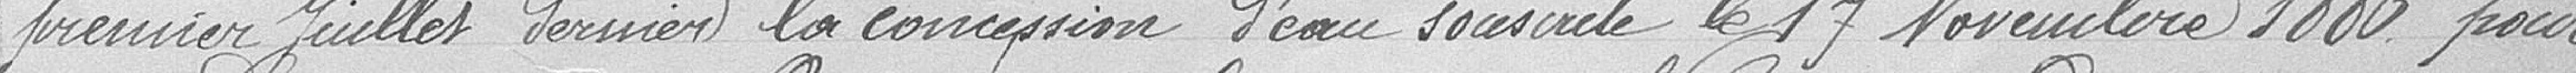
premier Juillet dernier la concession d'eau souscrite le 17 Novembre 1886 pour